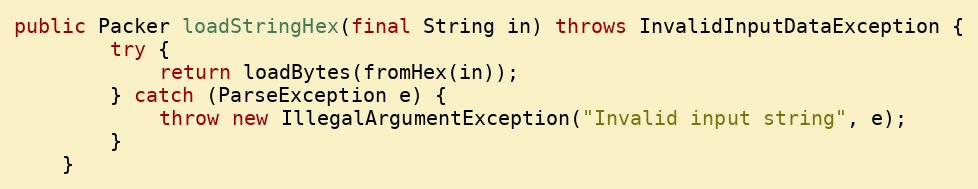
Language: Java
public Packer loadStringHex(final String in) throws InvalidInputDataException {
		try {
			return loadBytes(fromHex(in));
		} catch (ParseException e) {
			throw new IllegalArgumentException("Invalid input string", e);
		}
	}